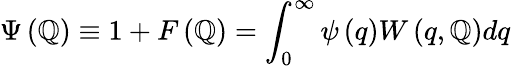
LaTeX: \Psi\left(\mathbb{Q}\right)\equiv1+F\left(\mathbb{Q}\right)=\int_{0}^{\infty}\psi\left(q\right)W\left(q,\mathbb{Q}\right)dq